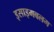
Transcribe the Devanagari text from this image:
इसाइमबलम